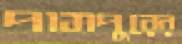
পামপুরের